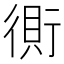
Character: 𰳫